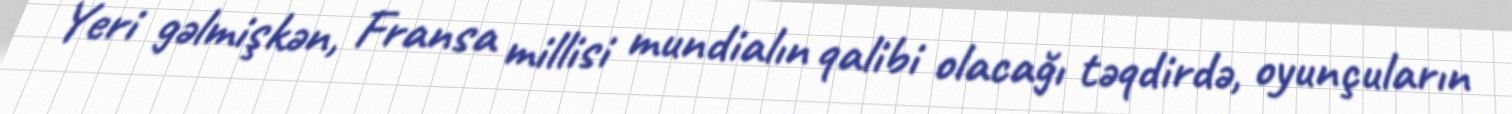
Yeri gəlmişkən, Fransa millisi mundialın qalibi olacağı təqdirdə, oyunçuların